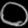
Digit: ၀